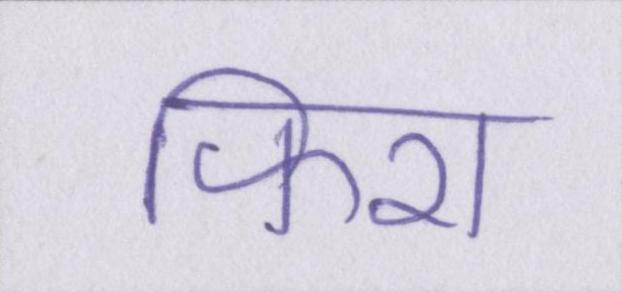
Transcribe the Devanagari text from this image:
फिरा